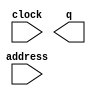
// megafunction wizard: %ROM: 1-PORT%VBB%
// GENERATION: STANDARD
// VERSION: WM1.0
// MODULE: altsyncram 

// ============================================================
// Megafunction Name(s):
// 			altsyncram
//
// Simulation Library Files(s):
// 			altera_mf
// ============================================================
// ************************************************************
// THIS IS A WIZARD-GENERATED FILE. DO NOT EDIT THIS FILE!
//
// 22.1std.2 Build 922 07/20/2023 SC Lite Edition
// ************************************************************

//Copyright (C) 2023  Intel Corporation. All rights reserved.
//Your use of Intel Corporation's design tools, logic functions 
//and other software and tools, and any partner logic 
//functions, and any output files from any of the foregoing 
//(including device programming or simulation files), and any 
//associated documentation or information are expressly subject 
//to the terms and conditions of the Intel Program License 
//Subscription Agreement, the Intel Quartus Prime License Agreement,
//the Intel FPGA IP License Agreement, or other applicable license
//agreement, including, without limitation, that your use is for
//the sole purpose of programming logic devices manufactured by
//Intel and sold by Intel or its authorized distributors.  Please
//refer to the applicable agreement for further details, at
//https://fpgasoftware.intel.com/eula.

module rom (
	address,
	clock,
	q);

	input	[13:0]  address;
	input	  clock;
	output	[7:0]  q;
`ifndef ALTERA_RESERVED_QIS
// synopsys translate_off
`endif
	tri1	  clock;
`ifndef ALTERA_RESERVED_QIS
// synopsys translate_on
`endif

endmodule

// ============================================================
// CNX file retrieval info
// ============================================================
// Retrieval info: PRIVATE: ADDRESSSTALL_A NUMERIC "0"
// Retrieval info: PRIVATE: AclrAddr NUMERIC "0"
// Retrieval info: PRIVATE: AclrByte NUMERIC "0"
// Retrieval info: PRIVATE: AclrOutput NUMERIC "0"
// Retrieval info: PRIVATE: BYTE_ENABLE NUMERIC "0"
// Retrieval info: PRIVATE: BYTE_SIZE NUMERIC "8"
// Retrieval info: PRIVATE: BlankMemory NUMERIC "0"
// Retrieval info: PRIVATE: CLOCK_ENABLE_INPUT_A NUMERIC "0"
// Retrieval info: PRIVATE: CLOCK_ENABLE_OUTPUT_A NUMERIC "0"
// Retrieval info: PRIVATE: Clken NUMERIC "0"
// Retrieval info: PRIVATE: IMPLEMENT_IN_LES NUMERIC "0"
// Retrieval info: PRIVATE: INIT_FILE_LAYOUT STRING "PORT_A"
// Retrieval info: PRIVATE: INIT_TO_SIM_X NUMERIC "0"
// Retrieval info: PRIVATE: INTENDED_DEVICE_FAMILY STRING "Cyclone V"
// Retrieval info: PRIVATE: JTAG_ENABLED NUMERIC "0"
// Retrieval info: PRIVATE: JTAG_ID STRING "NONE"
// Retrieval info: PRIVATE: MAXIMUM_DEPTH NUMERIC "0"
// Retrieval info: PRIVATE: MIFfilename STRING "../../memfiles/nessy-game.nes.8000"
// Retrieval info: PRIVATE: NUMWORDS_A NUMERIC "16384"
// Retrieval info: PRIVATE: RAM_BLOCK_TYPE NUMERIC "0"
// Retrieval info: PRIVATE: RegAddr NUMERIC "1"
// Retrieval info: PRIVATE: RegOutput NUMERIC "1"
// Retrieval info: PRIVATE: SYNTH_WRAPPER_GEN_POSTFIX STRING "0"
// Retrieval info: PRIVATE: SingleClock NUMERIC "1"
// Retrieval info: PRIVATE: UseDQRAM NUMERIC "0"
// Retrieval info: PRIVATE: WidthAddr NUMERIC "14"
// Retrieval info: PRIVATE: WidthData NUMERIC "8"
// Retrieval info: PRIVATE: rden NUMERIC "0"
// Retrieval info: LIBRARY: altera_mf altera_mf.altera_mf_components.all
// Retrieval info: CONSTANT: ADDRESS_ACLR_A STRING "NONE"
// Retrieval info: CONSTANT: CLOCK_ENABLE_INPUT_A STRING "BYPASS"
// Retrieval info: CONSTANT: CLOCK_ENABLE_OUTPUT_A STRING "BYPASS"
// Retrieval info: CONSTANT: INIT_FILE STRING "../../memfiles/nessy-game.nes.8000"
// Retrieval info: CONSTANT: INTENDED_DEVICE_FAMILY STRING "Cyclone V"
// Retrieval info: CONSTANT: LPM_HINT STRING "ENABLE_RUNTIME_MOD=NO"
// Retrieval info: CONSTANT: LPM_TYPE STRING "altsyncram"
// Retrieval info: CONSTANT: NUMWORDS_A NUMERIC "16384"
// Retrieval info: CONSTANT: OPERATION_MODE STRING "ROM"
// Retrieval info: CONSTANT: OUTDATA_ACLR_A STRING "NONE"
// Retrieval info: CONSTANT: OUTDATA_REG_A STRING "CLOCK0"
// Retrieval info: CONSTANT: WIDTHAD_A NUMERIC "14"
// Retrieval info: CONSTANT: WIDTH_A NUMERIC "8"
// Retrieval info: CONSTANT: WIDTH_BYTEENA_A NUMERIC "1"
// Retrieval info: USED_PORT: address 0 0 14 0 INPUT NODEFVAL "address[13..0]"
// Retrieval info: USED_PORT: clock 0 0 0 0 INPUT VCC "clock"
// Retrieval info: USED_PORT: q 0 0 8 0 OUTPUT NODEFVAL "q[7..0]"
// Retrieval info: CONNECT: @address_a 0 0 14 0 address 0 0 14 0
// Retrieval info: CONNECT: @clock0 0 0 0 0 clock 0 0 0 0
// Retrieval info: CONNECT: q 0 0 8 0 @q_a 0 0 8 0
// Retrieval info: GEN_FILE: TYPE_NORMAL rom.v TRUE
// Retrieval info: GEN_FILE: TYPE_NORMAL rom.inc FALSE
// Retrieval info: GEN_FILE: TYPE_NORMAL rom.cmp FALSE
// Retrieval info: GEN_FILE: TYPE_NORMAL rom.bsf TRUE
// Retrieval info: GEN_FILE: TYPE_NORMAL rom_inst.v FALSE
// Retrieval info: GEN_FILE: TYPE_NORMAL rom_bb.v TRUE
// Retrieval info: LIB_FILE: altera_mf